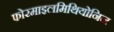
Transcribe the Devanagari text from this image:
फोरमाइलमिथियोनिन